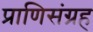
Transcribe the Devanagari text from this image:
प्राणिसंग्रह